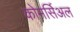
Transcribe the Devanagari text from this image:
कोमर्सिअल